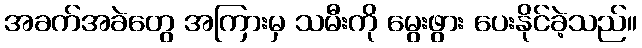
အခက်အခဲတွေ အကြားမှ သမီးကို မွေးဖွား ပေးနိုင်ခဲ့သည်။